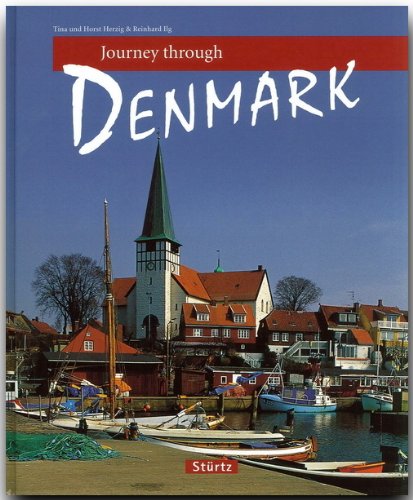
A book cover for Journey Through Denmark (Journey Through series); Reinhard Ilg; Travel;